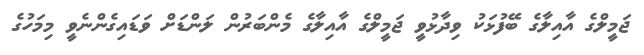
ޖަމީލްގެ އާއިލާގެ ބޭފުޅަކު ވިދާޅުވީ ޖަމީލްގެ އާއިލާގެ މެންބަރުން ލަންޑަށް ވަޑައިގެންނެވީ މިމަހުގެ